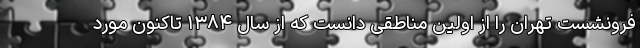
فرونشست تهران را از اولین مناطقی دانست که از سال ۱۳۸۴ تاکنون مورد